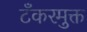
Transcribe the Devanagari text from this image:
टँकरमुक्त